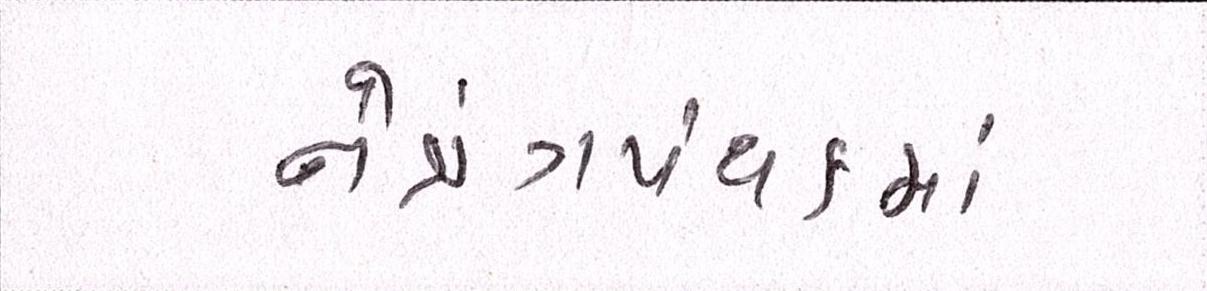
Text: નેત્રંગપંથકમાં